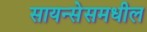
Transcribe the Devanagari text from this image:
सायन्सेसमधील